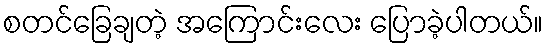
စတင်ခြေချတဲ့ အကြောင်းလေး ပြောခဲ့ပါတယ်။